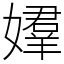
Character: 𡢡